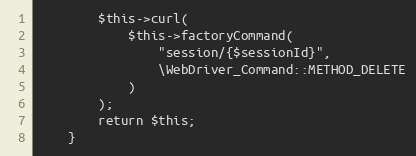
Language: PHP
        $this->curl(
            $this->factoryCommand(
                "session/{$sessionId}",
                \WebDriver_Command::METHOD_DELETE
            )
        );
        return $this;
    }